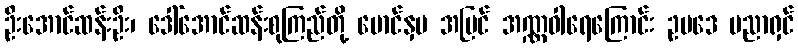
ဦးအောင်ဆန်းဦး၊ ဒေါ်အောင်ဆန်းစုကြည်တို့ မောင်နှမ အပြင် အဏ္ဏဝါရေကြောင်း ဥပဒေ ပညာရှင်